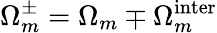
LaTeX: \Omega_{m}^{\pm}=\Omega_{m}\mp\Omega_{m}^{\mathrm{inter}}